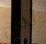
لدي